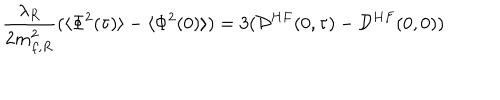
\frac { \lambda _ { R } } { 2 m _ { f , R } ^ { 2 } } ( \langle \Phi ^ { 2 } ( \tau ) \rangle - \langle \Phi ^ { 2 } ( 0 ) \rangle ) = 3 ( { \cal { D } } ^ { H F } ( 0 , \tau ) - { \cal { D } } ^ { H F } ( 0 , 0 ) )